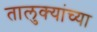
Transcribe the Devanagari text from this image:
तालुक्‍यांच्या